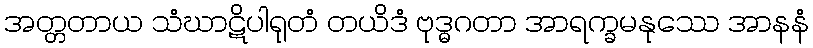
အတ္တတာယ သံဃာဋိပါရုတံ တယိဒံ ဗုဒ္ဓဂတာ အာရက္ခမနုဿေ အာနနံ